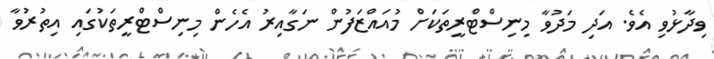
ވިދާޅުވި އެވެ. އަދި މަދުވާ މިނިސްޓްރީތަކަށް މުއައްޒަފުން ނަގާއިރު އެހެން މިނިސްޓްރީތަކުގައި އިތުރުވާ